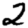
Digit: 2